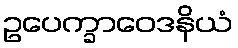
ဥပေက္ခာဝေဒနိယံ